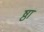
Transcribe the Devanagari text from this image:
ष्ठा